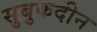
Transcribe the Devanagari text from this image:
सुबुकदीन